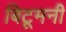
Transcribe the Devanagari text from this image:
बिटूमनी